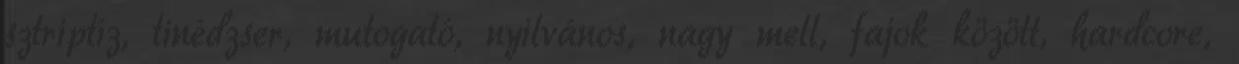
sztriptíz, tinédzser, mutogató, nyilvános, nagy mell, fajok között, hardcore,